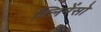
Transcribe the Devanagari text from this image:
क्लिमेंसो